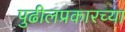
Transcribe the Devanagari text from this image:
पुढीलप्रकारच्या